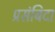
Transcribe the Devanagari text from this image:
प्रसंबिदा